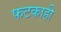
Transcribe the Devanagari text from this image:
फटकाही